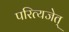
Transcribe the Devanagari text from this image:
परित्यजेत्